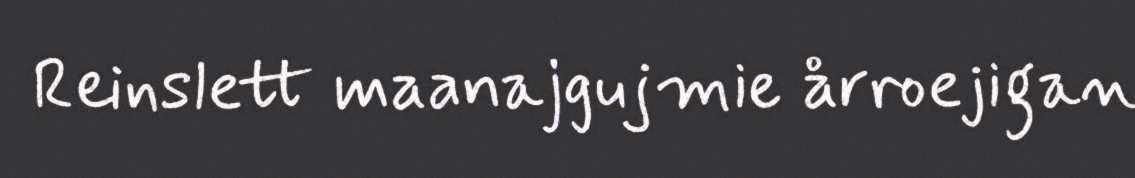
Reinslett maanajgujmie årroejigan